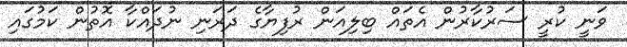
ވަނީ ކުރީ ސަރުކާރުން އެތައް ބިލިއަން ރުފިޔާގެ ދަރަނި ނުދައްކާ އޮތުން ކަމުގައި